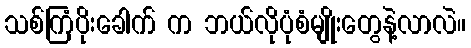
သစ်ကြံပိုးခေါက် က ဘယ်လိုပုံစံမျိုးတွေနဲ့လာလဲ။